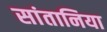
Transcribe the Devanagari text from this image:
सांतानिया